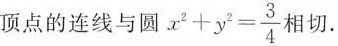
顶点的连线与圆 $$x^{2} + y^{2} = \frac{3}{4}$$相切。